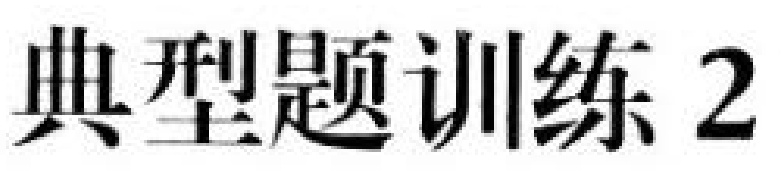
典型题训练 2